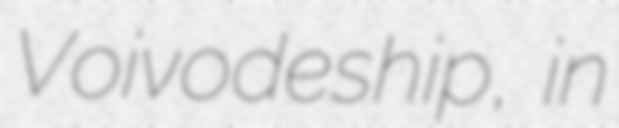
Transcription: Voivodeship, in